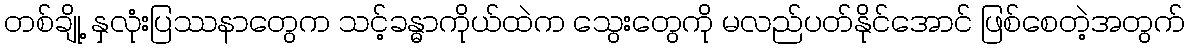
တစ်ချို့ နှလုံးပြဿနာတွေက သင့်ခန္ဓာကိုယ်ထဲက သွေးတွေကို မလည်ပတ်နိုင်အောင် ဖြစ်စေတဲ့အတွက်